Vaccination in Burma 1912-1922 - 1912-1922
Year: 1912
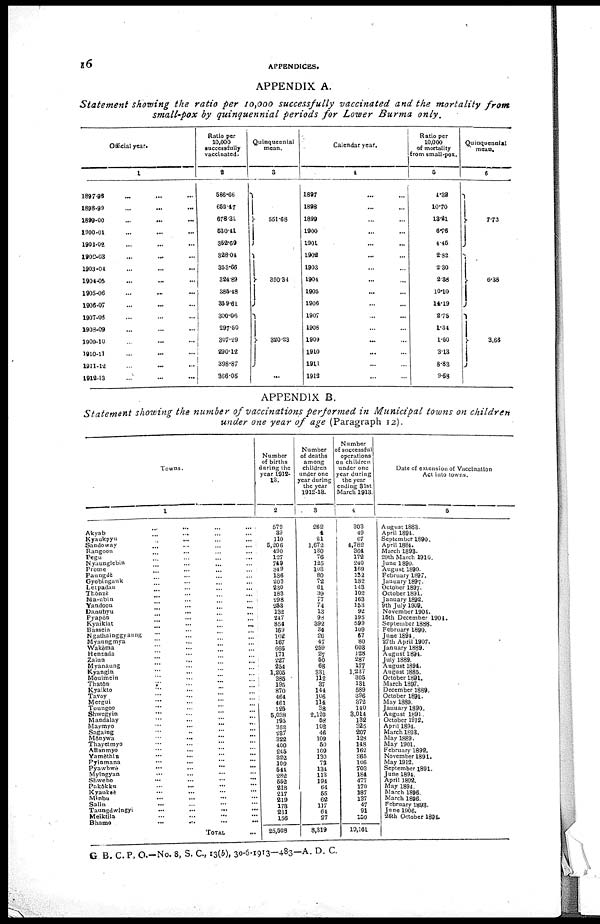
16
APPENDICES.
APPENDIX A.
Statement showing the ratio per 10,000 successfully vaccinated and the mortality
from
small-pox by quinquennial periods for Lower Burma
only.
Official year.
1
1897-98 ... ... ...
1898-99 ... ... ...
1899-00 ... ... ...
1900-01 ... ... ...
1901-02 ... ... ...
1902-03 ... ... ...
1903-04 ... ... ...
1904-05 ... ... ...
1905-06 ... ... ...
1906-07 ... ... ...
1907-08 ... ... ...
1908-09 ... ... ...
1909-10 ... ... ...
1910-11 ... ... ...
1911-12
...
...
...
1912-13 ... ... ...
Ratio per
10,000
successfully
vaccinated.
2
586.66
669.17
678.31
530.41
352.69
328.04
363.66
324.89
385.48
359.61
300.06
297.60
307.29
290.12
398.87
366.05
Quinquennial
mean.
3
561.68
350.34
320.23
...
Calendar year.
4
1897 ... ...
1898
1899
1900
1901 ... ...
1902
1903
1904
1905
1906
1907
1908
1909
1910 ... ...
1911 ... ...
1912
Ratio per
10,000
of mortality
from small-pox.
5
4.32
10.70 ... ...
13.21
6.76
4.46
2.82 ... ...
2.30
2.38
10.10 ... ...
14.19 ... ...
2.75 ... ...
1.34 ... ...
1.50
3.13
8.83
9.58
Quinquennial
mean.
6
7.73
6.38
3,66
APPENDIX B.
Statement showing the number of vaccinations performed in Municipal towns on children
under one year of age (Paragraph 12).
Towns.
1
Akyab ... ... ... ...
Kyaukpyu ... ... ... ...
Sandoway ... ... ... ...
Rangoon ... ... ... ...
Pegu ... ... ... ...
Nyaunglebin ... ... ... ...
Prome ... ... ... ...
Paungdè ... ... ... ...
Gyobingauk ... ... ... ...
Letpadan ... ... ... ...
Thônzè ... ... ... ...
Ma-ubin ... ... ... ...
Yandoon ... ... ... ...
Danubyu ... ... ... ...
Pyapôn ... ... ... ...
Kyaiklat ... ... ... ...
Bassein ... ... ... ...
Ngathainggyaung ... ... ... ...
Myaungmya ... ... ... ...
Wakèma
...
...
...
...
Henzada ... ... ... ...
Zalun ... ... ... ...
Myanaung ... ... ... ...
Kyangin ... ... ... ...
Moulmein ... ... ... ...
Thatôn ... ... ... ...
Kyaikto ... ... ... ...
Tavoy ... ... ... ...
Mergui ... ... ... ...
Toungoo ... ... ... ...
Shwegyin ... ... ... ...
Mandalay ... ... ... ...
Maymyo ... ... ... ...
Sagaing ... ... ... ...
Mônywa ... ... ... ...
Thayetmyo ... ... ... ...
Allanmyo ... ... ... ...
Yamèthin ... ... ... ...
Pyinmana ... ... ... ...
Pyawbwè ... ... ... ...
Myingyan ... ... ... ...
Shwebo ... ... ... ...
Pakôkku ... ... ... ...
Kyauksè ... ... ... ...
Minbu ... ... ... ...
Salin ... ... ... ...
Taungdwingyi ... ... ... ...
Meiktila ... ... ... ...
Bhamo
...
...
...
...
TOTAL ...
Number
of births
during the
year 1912-
13.
2
579
39
110
5,206
490
137
749
349
136
203
230
183
298
253
132
247
854
169
102
167
666
171
227
254
1,205
385
195
870
464
461
125
5,038
195
352
237
322
400
245
322
109
514
282
652
218
217
219
178
231
156
25,508
Number
of deaths
among
children
under one
year during
the year
1912-18.
3
262
4
21
1,672
130
76
125
103
80
72
61
39
77
74
13
98
392
31
26
47
259
27
60
68
331
112
37
144
106
114
38
2,120
68
102
46
109
50
109
130
73
134
113
194
64
55
62
117
64
27
8,319
Number
of successful
operations
on children
under one
year during
the year
ending 31st
March 1913.
4
303
49
07
4,782
864
172
240
169
132
182
143
102
163
153
92
195
599
109
67
80
603
128
287
177
1,237
305
181
589
396
372
140
3,014
132
325
207
128
143
162
265
106
703
184
477
170
187
137
47
91
150
19,161
Date of extension of Vaccination
Act into towns.
5
August 1883.
April 1894.
September 1890.
April 1884.
March 1893.
29th March 1910.
June 1890.
August 1890.
February 1897.
January 1897.
October 1897.
October 1891.
January 1892.
9th July 1909.
November 1904.
15th December 1904.
September 1888.
February 1890.
June 1894.
27th April 1907.
January 1889.
August 1894.
July 1889.
August 1894.
August 1885.
October 1891.
March 1897.
December 1889.
October 1891.
May 1889.
January 1890.
August 1891
October 1912.
April 1894.
March 1893.
May 1889.
May 1901.
February 1892.
November 1891.
May 1912.
September 1891.
June 1894.
April 1892.
May 1894.
March 1896.
March 1896.
February 1893.
June 1906.
26th October 1894.
G B. C. P. O.—No. 8, S. C, 13(b), 30-6-1913—483— A. D. C.